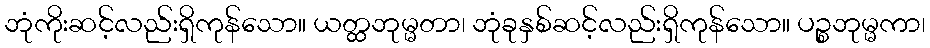
ဘုံကိုးဆင့်လည်းရှိကုန်သော။ ယတ္ထဘုမ္မတာ၊ ဘုံခုနှစ်ဆင့်လည်းရှိကုန်သော။ ပဉ္စဘုမ္မကာ၊